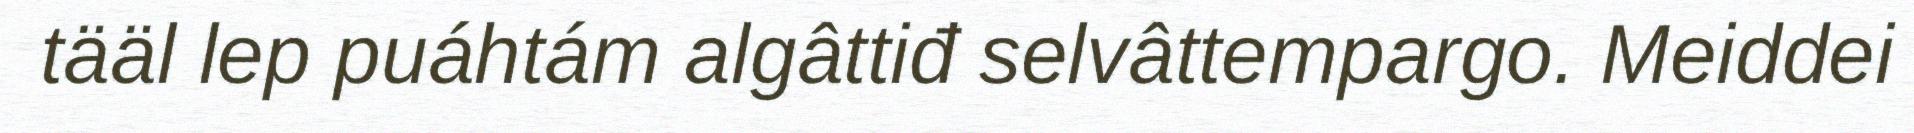
tääl lep puáhtám algâttiđ selvâttempargo. Meiddei